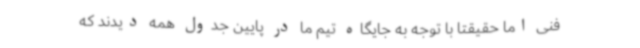
فنی اما حقیقتا با توجه به جایگاه تیم ما در پایین جدول همه دیدند که